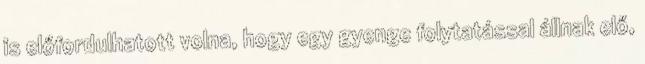
is előfordulhatott volna, hogy egy gyenge folytatással állnak elő,